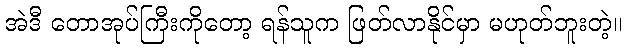
အဲဒီ တောအုပ်ကြီးကိုတော့ ရန်သူက ဖြတ်လာနိုင်မှာ မဟုတ်ဘူးတဲ့။